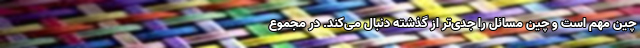
چین مهم است و چین مسائل را جدی‌تر از گذشته دنبال می‌کند. در مجموع